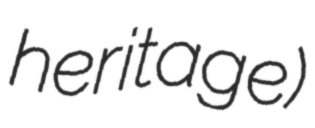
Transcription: heritage)